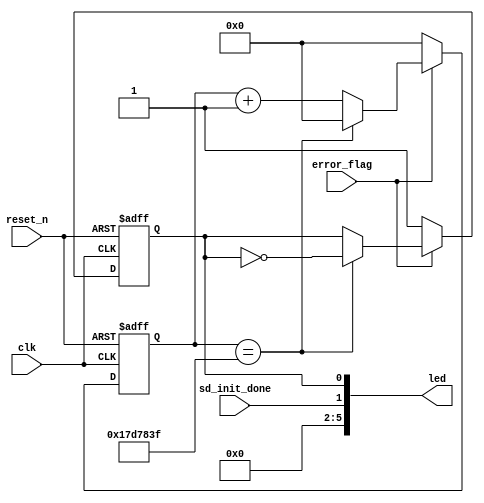
module sd_spi_led_alarm
    #(parameter    L_TIME = 25'd25_000_000)
    (
    input wire              clk         ,
    input wire              reset_n     ,
    output wire     [5:0]   led         ,
    input wire              error_flag  ,
    input wire              sd_init_done
);

    reg led_error;
    reg [24:0] div_cnt;

    // led1|all test completed  |error:flash success:1
    // led2|init completed      |error:0     success:1
    
    assign led = {4'b0, sd_init_done, led_error};

    always @(posedge clk or negedge reset_n) begin
        if(!reset_n) begin
            div_cnt <= 25'd0;
            led_error <= 1'b0;
        end
        else
        begin
            if(error_flag)
            begin
                if(div_cnt == L_TIME - 1'b1)
                begin
                    div_cnt <= 25'd0;
                    led_error <= ~led_error;
                end
                else
                    div_cnt <= div_cnt + 25'd1;
            end
            else
            begin
                div_cnt <= 25'd0;
                led_error <= 1'b1;
            end
        end
    end

endmodule // sd_spi_led_alarm